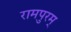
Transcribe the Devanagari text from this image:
रामपुरम्